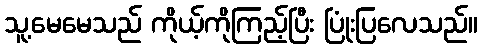
သူ့မေမေသည် ကိုယ့်ကိုကြည့်ပြီး ပြုံးပြလေသည်။